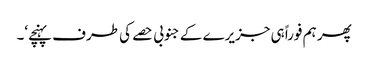
پھر ہم فوراً ہی جزیرے کے جنوبی حصے کی طرف پہنچے‘۔